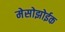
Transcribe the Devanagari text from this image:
मेसोझोईक